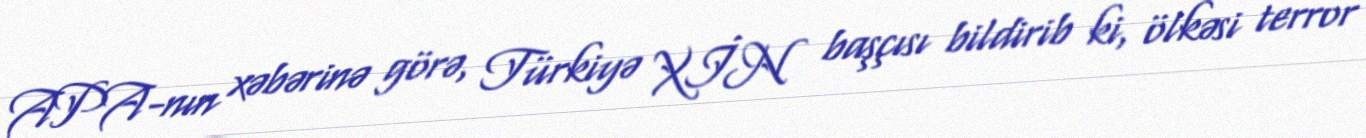
APA-nın xəbərinə görə, Türkiyə XİN başçısı bildirib ki, ölkəsi terror